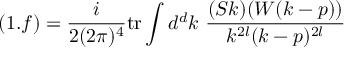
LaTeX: ( 1 . f ) = \frac { i } { 2 ( 2 \pi ) ^ { 4 } } \mathrm { t r } \int d ^ { d } k \ \frac { ( S k ) ( W ( k - p ) ) } { k ^ { 2 l } ( k - p ) ^ { 2 l } }